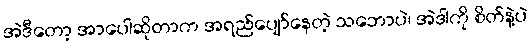
အဲဒီတော့ အာပေါဆိုတာက အရည်ပျော်နေတဲ့ သဘောပဲ၊ အဲဒါကို စိတ်နဲ့ပဲ